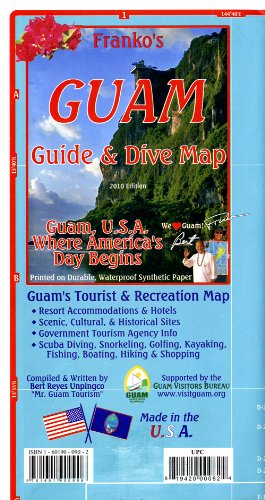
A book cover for Franko's Guam Guide & Dive Map; Bert Reyes Unpingco; Travel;